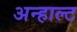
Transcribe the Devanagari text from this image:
अन्हाल्ट